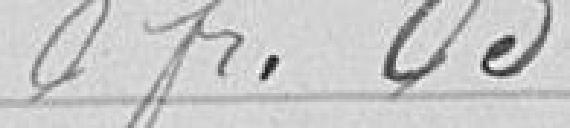
O franc 05